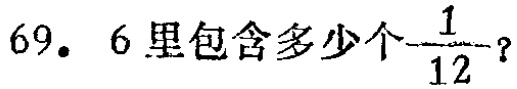
69. 6里包含多少个$\frac{1}{12}$？